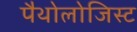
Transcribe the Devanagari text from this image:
पैथोलोजिस्ट